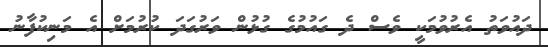
ދައުވަތު އެރުވުމަކީ ވެސް ދެ ގައުމުގެ ގުޅުން ވަރުގަދަ ކުރުމަށް އެ މަނިކުފާނު